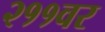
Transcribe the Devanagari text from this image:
२११वर